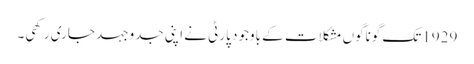
1929تک گوناگوں مشکلات کے باوجود پارٹی نے اپنی جدوجہد جاری رکھی۔